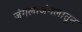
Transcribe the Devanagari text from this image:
जंगलाजंगलातून